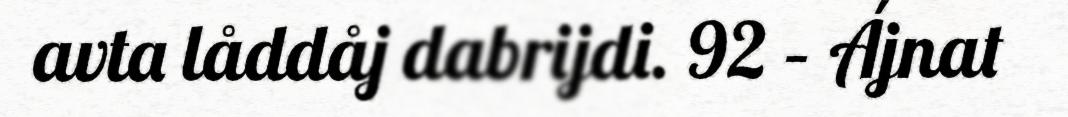
avta låddåj dabrijdi. 92 – Ájnat